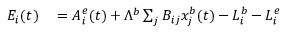
\begin{array} { r l } { E _ { i } ( t ) } & { { } = A _ { i } ^ { e } ( t ) + { \Lambda } ^ { b } \sum _ { j } B _ { i j } x _ { j } ^ { b } ( t ) - L _ { i } ^ { b } - L _ { i } ^ { e } } \end{array}